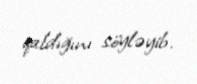
qaldığını söyləyib.